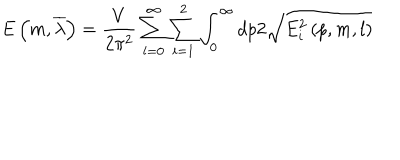
LaTeX: E \left( m , \overline { { { \lambda } } } \right) = \frac V { 2 \pi ^ { 2 } } \sum _ { l = 0 } ^ { \infty } \sum _ { i = 1 } ^ { 2 } \int _ { 0 } ^ { \infty } d p 2 \sqrt { E _ { i } ^ { 2 } \left( p , m , l \right) }